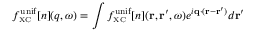
f _ { \scriptscriptstyle \mathrm { X C } } ^ { \mathrm { u n i f } } [ n ] ( q , \omega ) = \int f _ { \scriptscriptstyle \mathrm { X C } } ^ { \mathrm { u n i f } } [ n ] ( { \bf r } , { \bf r } ^ { \prime } , \omega ) e ^ { i { \bf q } \cdot ( { \bf r } - { \bf r } ^ { \prime } ) } d { \bf r } ^ { \prime }